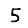
Digit: 5